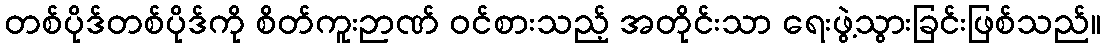
တစ်ပိုဒ်တစ်ပိုဒ်ကို စိတ်ကူးဉာဏ် ဝင်စားသည့် အတိုင်းသာ ရေးဖွဲ့သွားခြင်းဖြစ်သည်။